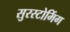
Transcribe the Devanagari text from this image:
सुरस्टोमिंग